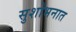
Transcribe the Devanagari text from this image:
सुशोभनात